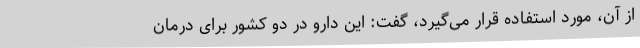
از آن، مورد استفاده قرار می‌گیرد، گفت: این دارو در دو کشور برای درمان